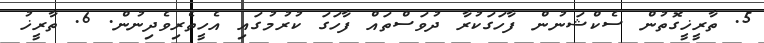
5. ތާރީޚީގޮތުން ސެކްޝަނުން ފާހަގަކުރާ ދުވަސްތައް ފާހަގަ ކުރުމުގައި އެހީތެރިވެދިނުން. 6. ތާރީޚު